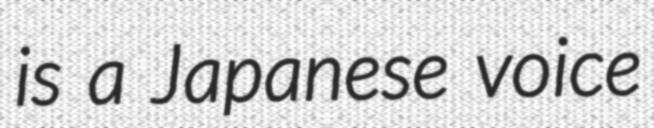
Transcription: is a Japanese voice